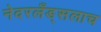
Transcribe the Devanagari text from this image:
नेदरलँड्सलाच